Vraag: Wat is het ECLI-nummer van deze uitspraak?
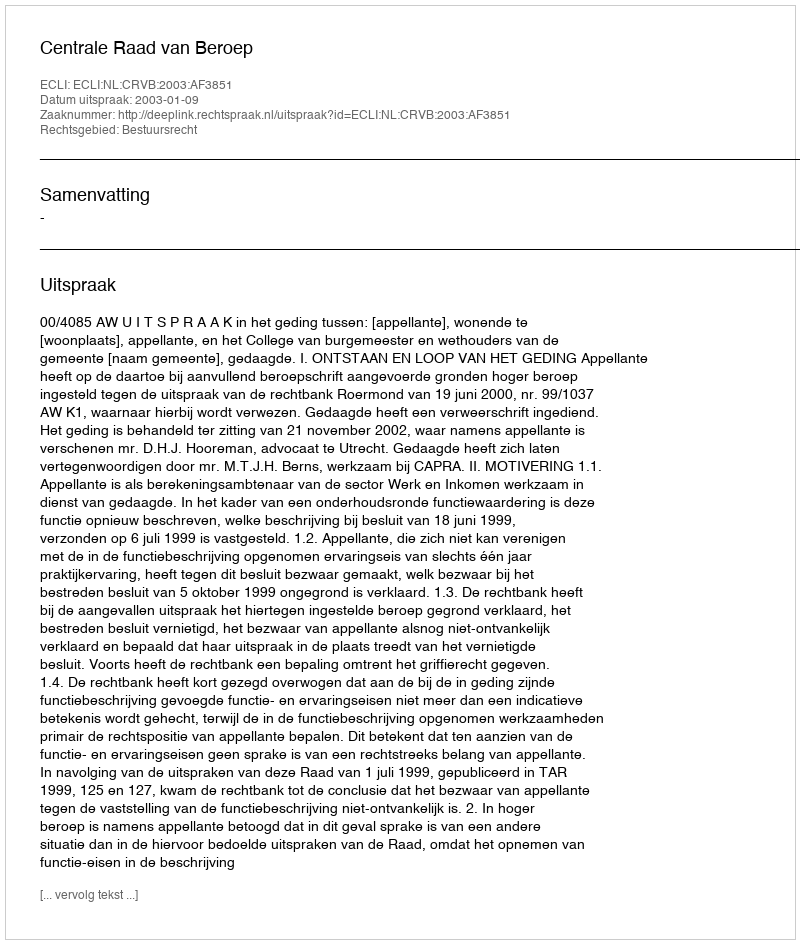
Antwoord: ECLI:NL:CRVB:2003:AF3851